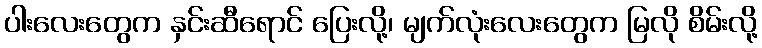
ပါးလေးတွေက နှင်းဆီရောင် ပြေးလို့၊ မျက်လုံးလေးတွေက မြလို စိမ်းလို့